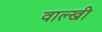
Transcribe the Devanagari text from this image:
वाल्खी